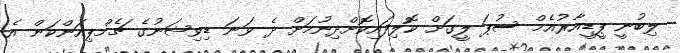
ލިބުނީ ޕީޑީއާރުއެމް ސުޕަ ލީގަށް ކޮލިފައިކޮށްދިނުމަށް ދެ ވަނަ ޑިވިޝަނުގެ ޗެމްޕިއަންކަން އެ